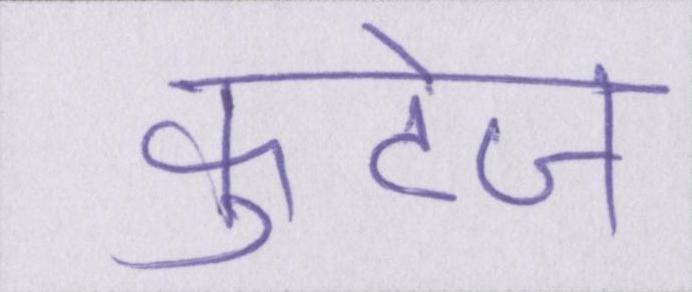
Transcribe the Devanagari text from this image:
फुटेज